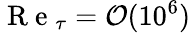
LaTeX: \mathrm{~R~e~}_{\tau}=\mathcal O(10^{6})